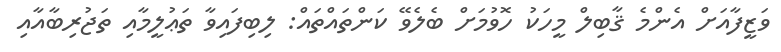
ވަޒީފާއަށް އެންމެ ޤާބިލް މީހަކު ހޮވުމަށް ބެލެވޭ ކަންތައްތައް: ލިބިފައިވާ ތަޢުލީމާއި ތަޖުރިބާއާއި